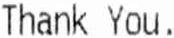
THANK YOU.